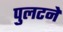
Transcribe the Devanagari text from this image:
पुलटने